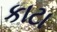
કાટા